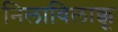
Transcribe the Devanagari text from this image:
निलाविलाक्कू